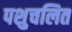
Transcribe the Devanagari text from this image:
पशुचलित